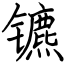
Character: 镳